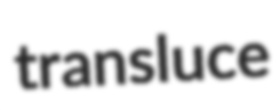
transluce